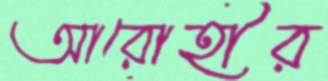
আরোহীর